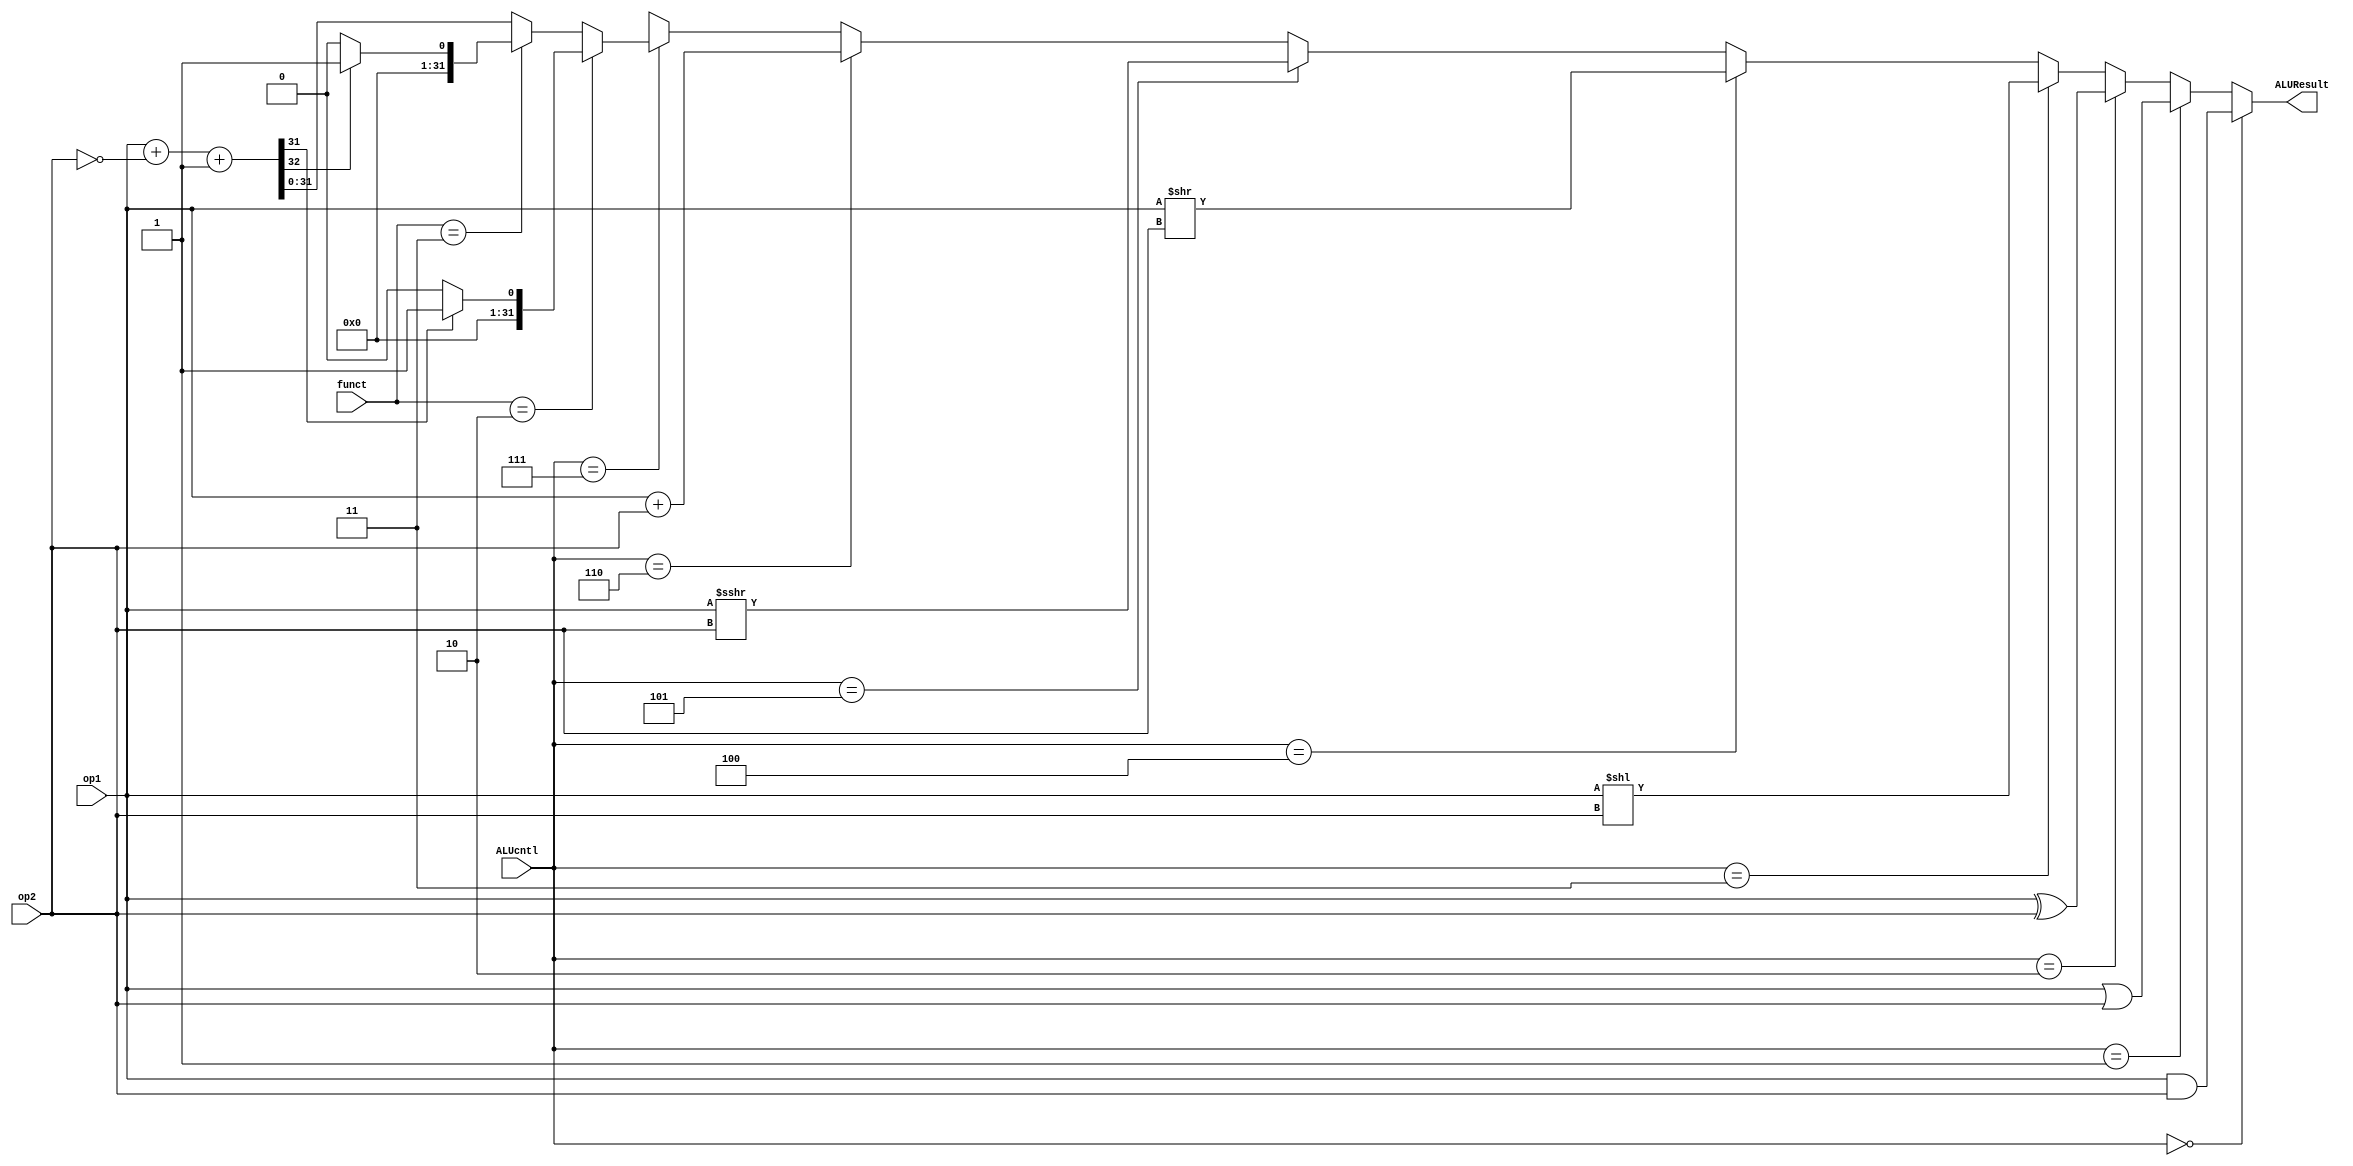
`timescale 1ns / 1ps
//////////////////////////////////////////////////////////////////////////////////
// Company: 
// Engineer: 
// 
// Design Name: 
// Module Name: ALU
// Project Name: 
// Target Devices: 
// Tool Versions: 
// Description: 
// 
// Dependencies: 
// 
// Revision:
// Revision 0.01 - File Created
// Additional Comments:
// 
//////////////////////////////////////////////////////////////////////////////////


module ALU(
    input [2:0] funct,
    input [31:0] op1, 
    input [31:0] op2, 
    input [3:0] ALUcntl, 
    output [31:0] ALUResult
    );
    
    /* signed operand 1 */
    wire signed [31:0] signed_op1;
    
    /* ALU operation results */
    wire [31:0] and_result;
    wire [31:0] or_result;
    wire [31:0] xor_result;
    wire [31:0] lsl_result;
    wire [31:0] rsl_result;
    wire [31:0] rsa_result;
    wire [31:0] add_result;
    wire [31:0] sub_result;
    
    /* Carry */ 
    wire Cout;
    
    /* Branch wires */
    wire signed [31:0] signed_ALUResult;
    
    assign signed_op1 = op1;
    
    assign and_result = op1 & op2;
    assign or_result =  op1 | op2;
    assign xor_result = op1 ^ op2;
    assign lsl_result = op1 << op2;
    assign rsl_result = op1 >> op2;
    assign rsa_result = signed_op1 >>> op2;
    assign add_result = op1 + op2;
    
    assign {Cout, sub_result} = {1'b0, op1} + ~{1'b0, op2} + 1'b1;
     
    assign ALUResult =  (ALUcntl == 4'b0000) ?  and_result : 
                        (ALUcntl == 4'b0001) ?  or_result : 
                        (ALUcntl == 4'b0010) ?  xor_result : 
                        (ALUcntl == 4'b0011) ?  lsl_result : 
                        (ALUcntl == 4'b0100) ?  rsl_result : 
                        (ALUcntl == 4'b0101) ?  rsa_result : 
                        (ALUcntl == 4'b0110) ?  add_result : 
                        (ALUcntl == 4'b0111) ?  (funct == 3'b010) ? (sub_result[31] == 0) ? 32'h0000_0000 : 32'h0000_0001 : 
                                                (funct == 3'b011) ? (Cout == 0) ? 32'h0000_0000 : 32'h0000_0001 : 
                                                sub_result : 
                                                32'hxxxx_xxxx;
    
endmodule